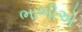
ભાભીએ